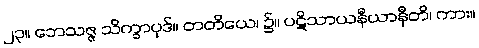
၂၃။ ဘေသဇ္ဇ သိက္ခာပုဒ်။ တတိယေ၊ ၌။ ပဋိသာယနီယာနီတိ၊ ကား။